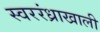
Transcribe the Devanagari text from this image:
स्वररंध्राखाली